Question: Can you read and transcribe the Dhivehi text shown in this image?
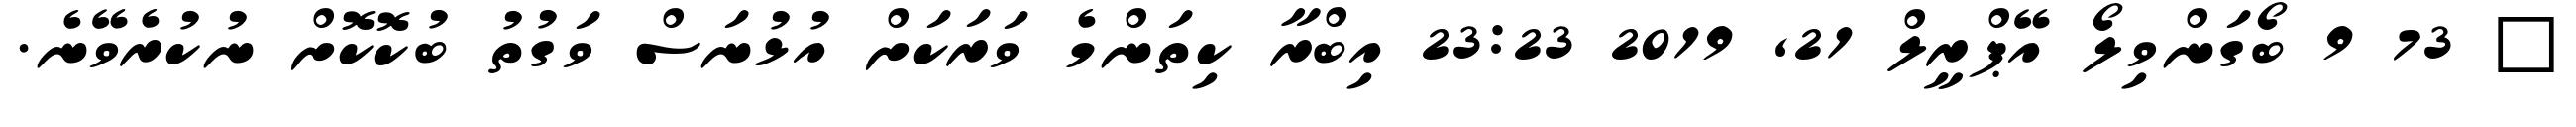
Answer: ? 73 9 ބޯގަންވިލޯ އޭޕްރީލް 21, 2019 23:23 އިބްރާ ކިތަންމެ ވަރަކަށް އުޅުނަސް ވަގުތު ބުކޮކޮށް ނުކުރެވޭނެ.